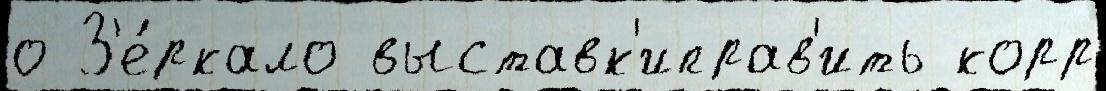
о З'е́ркало выставк'иправ'ить корр